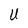
Character: U